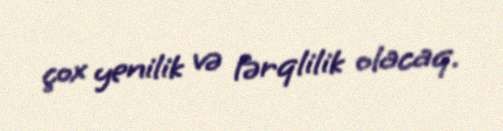
çox yenilik və fərqlilik olacaq.